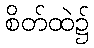
စိတ်ထဲ၌